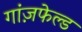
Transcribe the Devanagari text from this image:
गांज़फेल्ड